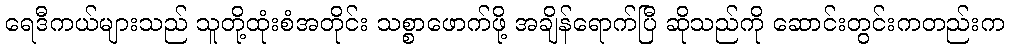
ရေဒီကယ်များသည် သူတို့ထုံးစံအတိုင်း သစ္စာဖောက်ဖို့ အချိန်ရောက်ပြီ ဆိုသည်ကို ဆောင်းတွင်းကတည်းက